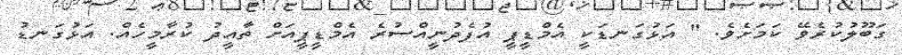
ގަބޫލުކުރެވޭ ކަމަށެވެ. " އަޅުގަނޑަކީ އެމްޑީޕީ އުފެދުނީއްސުރެ އެމްޑީޕީއަށް ތާއީދު ކުރާމީހެއް. އަޅުގަނޑު